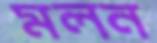
মলন